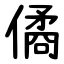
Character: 僪